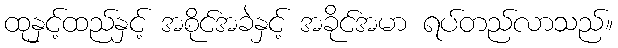
ထုနှင့်ထည်နှင့် အစိုင်အခဲနှင့် အခိုင်အမာ ရပ်တည်လာသည်။